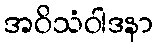
အဝိသံဝါဒနာ